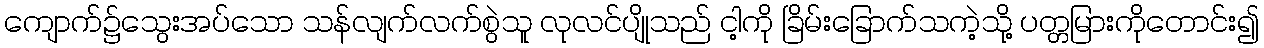
ကျောက်၌သွေးအပ်သော သန်လျက်လက်စွဲသူ လုလင်ပျိုသည် ငါ့ကို ခြိမ်းခြောက်သကဲ့သို့ ပတ္တမြားကိုတောင်း၍